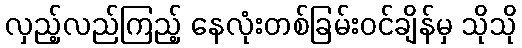
လှည့်လည်ကြည့် နေလုံးတစ်ခြမ်းဝင်ချိန်မှ သိုသို